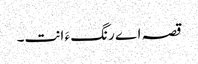
قصہ اے رنگ ءَ انت۔